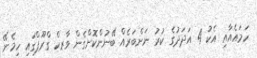
ހަމައެއާއި އެކު 4 އަދަދުގެ ކުރު ނަންބަރެއް ބޭނުންކޮށްގެން ވާރކް ގްރޫޕްގައި ހިމެނޭ